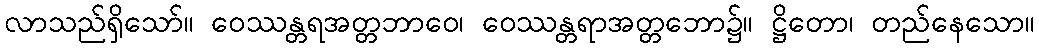
လာသည်ရှိသော်။ ဝေဿန္တရအတ္တဘာဝေ၊ ဝေဿန္တရာအတ္တဘော၌။ ဋ္ဌိတော၊ တည်နေသော။